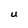
Character: U